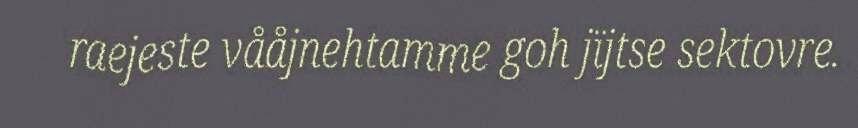
raejeste vååjnehtamme goh jïjtse sektovre.